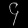
Digit: ၄